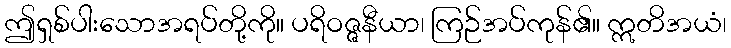
ဤရှစ်ပါးသောအရပ်တို့ကို။ ပရိဝဇ္ဇနီယာ၊ ကြဉ်အပ်ကုန်၏။ ဣတိအယံ၊